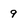
Character: 9